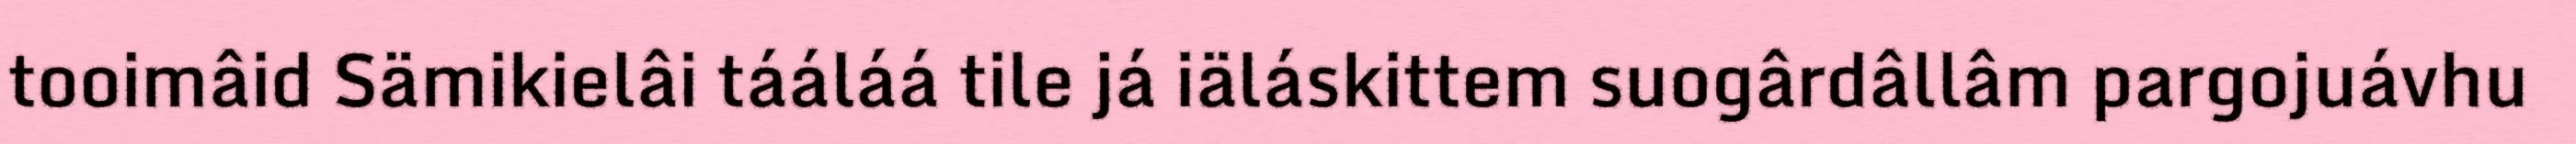
tooimâid Sämikielâi tááláá tile já iäláskittem suogârdâllâm pargojuávhu